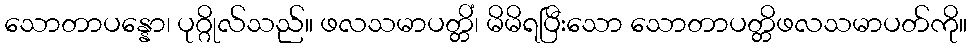
သောတာပန္နော၊ ပုဂ္ဂိုလ်သည်။ ဖလသမာပတ္တိံ၊ မိမိရပြီးသော သောတာပတ္တိဖလသမာပတ်ကို။